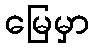
မြေမှာ